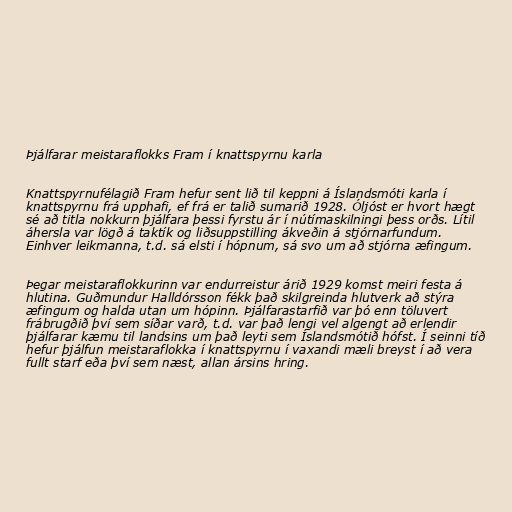
Þjálfarar meistaraflokks Fram í knattspyrnu karla

Knattspyrnufélagið Fram hefur sent lið til keppni á Íslandsmóti karla í
knattspyrnu frá upphafi, ef frá er talið sumarið 1928. Óljóst er hvort hægt
sé að titla nokkurn þjálfara þessi fyrstu ár í nútímaskilningi þess orðs. Lítil
áhersla var lögð á taktík og liðsuppstilling ákveðin á stjórnarfundum.
Einhver leikmanna, t.d. sá elsti í hópnum, sá svo um að stjórna æfingum.

Þegar meistaraflokkurinn var endurreistur árið 1929 komst meiri festa á
hlutina. Guðmundur Halldórsson fékk það skilgreinda hlutverk að stýra
æfingum og halda utan um hópinn. Þjálfarastarfið var þó enn töluvert
frábrugðið því sem síðar varð, t.d. var það lengi vel algengt að erlendir
þjálfarar kæmu til landsins um það leyti sem Íslandsmótið hófst. Í seinni tíð
hefur þjálfun meistaraflokka í knattspyrnu í vaxandi mæli breyst í að vera
fullt starf eða því sem næst, allan ársins hring.